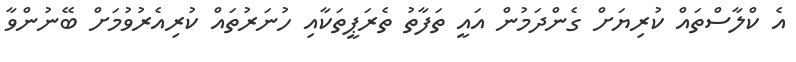
އެ ކްލާސްތައް ކުރިޔަށް ގެންދަމުން އައީ ތަފާތު ތެރަޕީތަކާއި ހުނަރުތައް ކުރިއެރުވުމަށް ބޭނުންވާ